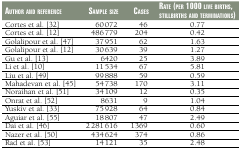
<table><thead><tr><td><b>Author and reference</b></td><td><b>Sample size</b></td><td><b>Cases</b></td><td><b>Rate (per 1000 live births, stillbirths and terminations)</b></td></tr></thead><tbody><tr><td>Cortes et al. [32]</td><td>60 072</td><td>46</td><td>0.77</td></tr><tr><td>Cortes et al. [12]</td><td>486 779</td><td>204</td><td>0.42</td></tr><tr><td>Golalipour et al. [47]</td><td>37 951</td><td>62</td><td>1.63</td></tr><tr><td>Golalipour et al. [12]</td><td>30 639</td><td>39</td><td>1.27</td></tr><tr><td>Gu et al. [13]</td><td>6420</td><td>25</td><td>3.89</td></tr><tr><td>Li et al. [10]</td><td>11 534</td><td>67</td><td>5.81</td></tr><tr><td>Liu et al. [49]</td><td>99 888</td><td>59</td><td>0.59</td></tr><tr><td>Mahadevan et al. [45]</td><td>54 738</td><td>170</td><td>3.11</td></tr><tr><td>Noraihan et al. [51]</td><td>34 109</td><td>12</td><td>0.35</td></tr><tr><td>Onrat et al. [52]</td><td>8631</td><td>9</td><td>1.04</td></tr><tr><td>Yuskiv et al. [33]</td><td>75 928</td><td>64</td><td>0.84</td></tr><tr><td>Aguiar et al. [55]</td><td>18 807</td><td>47</td><td>2.49</td></tr><tr><td>Dai et al. [46]</td><td>2 281 616</td><td>1369</td><td>0.60</td></tr><tr><td>Nazer et al. [50]</td><td>434 624</td><td>374</td><td>0.86</td></tr><tr><td>Rad et al. [53]</td><td>14 121</td><td>35</td><td>2.48</td></tr></tbody></table>